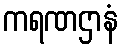
ကရဏဌာနံ